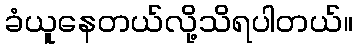
ခံယူနေတယ်လို့သိရပါတယ်။